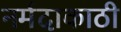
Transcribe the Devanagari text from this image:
नर्मदाकाठी